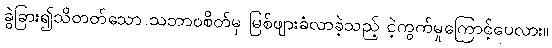
ခွဲခြား၍သိတတ်သော သဘာဝစိတ်မှ မြစ်ဖျားခံလာခဲ့သည့် ငဲ့ကွက်မှုကြောင့်ပေလား။